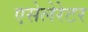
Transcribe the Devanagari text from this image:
एसेलेरेटर